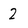
Character: 2